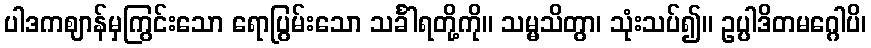
ပါဒကဈာန်မှကြွင်းသော ရောပြွမ်းသော သင်္ခါရတို့ကို။ သမ္မသိတွာ၊ သုံးသပ်၍။ ဥပ္ပါဒိတမဂ္ဂေါပိ၊